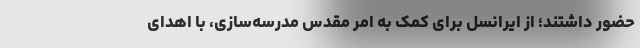
حضور داشتند؛ از ایرانسل برای کمک به امر مقدس مدرسه‌سازی، با اهدای